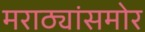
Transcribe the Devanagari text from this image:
मराठ्यांसमोर